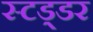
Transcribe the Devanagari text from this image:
स्टड्डर